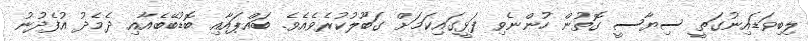
ލިބިވަޑައިނުގަތީ ސިޔާސީ ގޮތުން ހުންނެވި ފަޅީގައިކަމަށް ގަބޫލުކުރެވެއެވެ. ބައްޕައާއި ބޮޑުބޭބެއާއި ދެމެދު އުފެދުނު